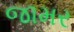
જામર